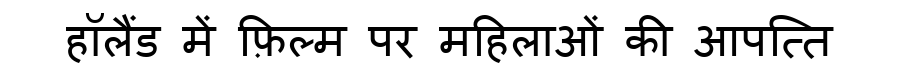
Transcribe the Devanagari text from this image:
हॉलैंड में फ़िल्म पर महिलाओं की आपत्ति